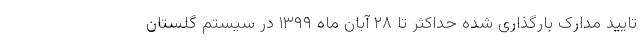
تایید مدارک بارگذاری شده حداکثر تا ۲۸ آبان ماه ۱۳۹۹ در سیستم گلستان